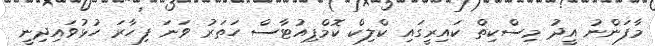
މާފަންނު އީދު މިސްކިތް ކައިރީގައި ކްލިކް ކޮމްޕިއުޓާސް ހަތަރު ވަނަ ފިހާރަ ހުޅުވައިދިނީ